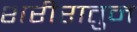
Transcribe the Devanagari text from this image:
शरीरातुन